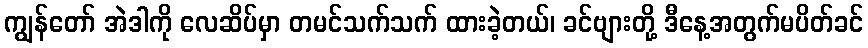
ကျွန်တော် အဲဒါကို လေဆိပ်မှာ တမင်သက်သက် ထားခဲ့တယ်၊ ခင်ဗျားတို့ ဒီနေ့အတွက်မပိတ်ခင်